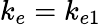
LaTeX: k_{e}=k_{e1}